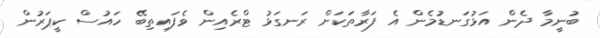
ބުނީމާ ދެން އަޅުގަނޑުމެން އެ ފަރާތަކަށް ރަނގަޅު ޓްރެއިން ވެފައިތިބޭ ހައުސް ކީޕަރުން